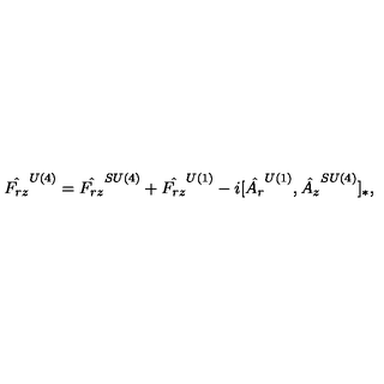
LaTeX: \hat { F _ { r z } } ^ { U ( 4 ) } = \hat { F _ { r z } } ^ { S U ( 4 ) } + \hat { F _ { r z } } ^ { U ( 1 ) } - i [ \hat { A _ { r } } ^ { U ( 1 ) } , \hat { A _ { z } } ^ { S U ( 4 ) } ] _ { * } ,